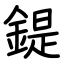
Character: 鍉